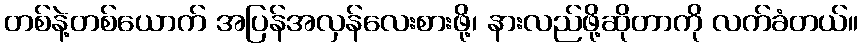
တစ်နဲ့တစ်ယောက် အပြန်အလှန်လေးစားဖို့၊ နားလည်ဖို့ဆိုတာကို လက်ခံတယ်။